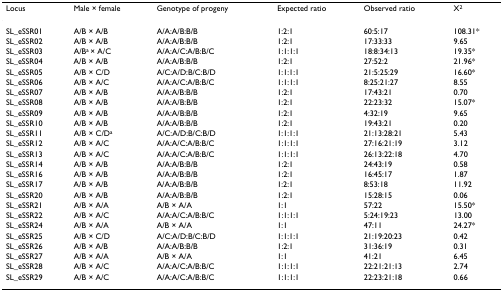
<table><thead><tr><td><b>Locus</b></td><td><b>Male × female</b></td><td><b>Genotype of progeny</b></td><td><b>Expected ratio</b></td><td><b>Observed ratio</b></td><td><b>X<sup>2</sup></b></td></tr></thead><tbody><tr><td>SL_eSSR01</td><td>A/B × A/B</td><td>A/A:A/B:B/B</td><td>1:2:1</td><td>60:5:17</td><td>108.31*</td></tr><tr><td>SL_eSSR02</td><td>A/B × A/B</td><td>A/A:A/B:B/B</td><td>1:2:1</td><td>17:33:33</td><td>9.65</td></tr><tr><td>SL_eSSR03</td><td>A/B<sup>a </sup>× A/C</td><td>A/A:A/C:A/B:B/C</td><td>1:1:1:1</td><td>18:8:34:13</td><td>19.35*</td></tr><tr><td>SL_eSSR04</td><td>A/B × A/B</td><td>A/A:A/B:B/B</td><td>1:2:1</td><td>27:52:2</td><td>21.96*</td></tr><tr><td>SL_eSSR05</td><td>A/B × C/D</td><td>A/C:A/D:B/C:B/D</td><td>1:1:1:1</td><td>21:5:25:29</td><td>16.60*</td></tr><tr><td>SL_eSSR06</td><td>A/B × A/C</td><td>A/A:A/C:A/B:B/C</td><td>1:1:1:1</td><td>8:25:21:27</td><td>8.55</td></tr><tr><td>SL_eSSR07</td><td>A/B × A/B</td><td>A/A:A/B:B/B</td><td>1:2:1</td><td>17:43:21</td><td>0.70</td></tr><tr><td>SL_eSSR08</td><td>A/B × A/B</td><td>A/A:A/B:B/B</td><td>1:2:1</td><td>22:23:32</td><td>15.07*</td></tr><tr><td>SL_eSSR09</td><td>A/B × A/B</td><td>A/A:A/B:B/B</td><td>1:2:1</td><td>4:32:19</td><td>9.65</td></tr><tr><td>SL_eSSR10</td><td>A/B × A/B</td><td>A/A:A/B:B/B</td><td>1:2:1</td><td>19:43:21</td><td>0.20</td></tr><tr><td>SL_eSSR11</td><td>A/B × C/D<sup>a</sup></td><td>A/C:A/D:B/C:B/D</td><td>1:1:1:1</td><td>21:13:28:21</td><td>5.43</td></tr><tr><td>SL_eSSR12</td><td>A/B × A/C</td><td>A/A:A/C:A/B:B/C</td><td>1:1:1:1</td><td>27:16:21:19</td><td>3.12</td></tr><tr><td>SL_eSSR13</td><td>A/B × A/C</td><td>A/A:A/C:A/B:B/C</td><td>1:1:1:1</td><td>26:13:22:18</td><td>4.70</td></tr><tr><td>SL_eSSR14</td><td>A/B × A/B</td><td>A/A:A/B:B/B</td><td>1:2:1</td><td>24:43:19</td><td>0.58</td></tr><tr><td>SL_eSSR16</td><td>A/B × A/B</td><td>A/A:A/B:B/B</td><td>1:2:1</td><td>16:45:17</td><td>1.87</td></tr><tr><td>SL_eSSR17</td><td>A/B × A/B</td><td>A/A:A/B:B/B</td><td>1:2:1</td><td>8:53:18</td><td>11.92</td></tr><tr><td>SL_eSSR20</td><td>A/B × A/B</td><td>A/A:A/B:B/B</td><td>1:2:1</td><td>15:28:15</td><td>0.06</td></tr><tr><td>SL_eSSR21</td><td>A/B × A/A</td><td>A/B × A/A</td><td>1:1</td><td>57:22</td><td>15.50*</td></tr><tr><td>SL_eSSR22</td><td>A/B × A/C</td><td>A/A:A/C:A/B:B/C</td><td>1:1:1:1</td><td>5:24:19:23</td><td>13.00</td></tr><tr><td>SL_eSSR24</td><td>A/B × A/A</td><td>A/B × A/A</td><td>1:1</td><td>47:11</td><td>24.27*</td></tr><tr><td>SL_eSSR25</td><td>A/B × C/D</td><td>A/C:A/D:B/C:B/D</td><td>1:1:1:1</td><td>21:19:20:23</td><td>0.42</td></tr><tr><td>SL_eSSR26</td><td>A/B × A/B</td><td>A/A:A/B:B/B</td><td>1:2:1</td><td>31:36:19</td><td>0.31</td></tr><tr><td>SL_eSSR27</td><td>A/B × A/A</td><td>A/B × A/A</td><td>1:1</td><td>41:21</td><td>6.45</td></tr><tr><td>SL_eSSR28</td><td>A/B × A/C</td><td>A/A:A/C:A/B:B/C</td><td>1:1:1:1</td><td>22:21:21:13</td><td>2.74</td></tr><tr><td>SL_eSSR29</td><td>A/B × A/C</td><td>A/A:A/C:A/B:B/C</td><td>1:1:1:1</td><td>22:23:21:18</td><td>0.66</td></tr></tbody></table>